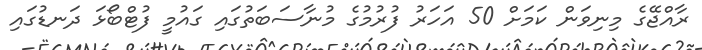
ރާއްޖޭގެ މިނިވަން ކަމަށް 50 އަހަރު ފުރުމުގެ މުނާސަބަތުގައި ގައުމީ ފުޓްބޯޅަ ދަނޑުގައި